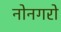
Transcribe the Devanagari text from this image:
नोनगरो